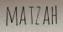
MATZAH